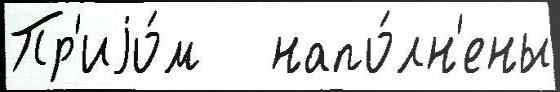
Пр'иjо́м   напо́лн'ены